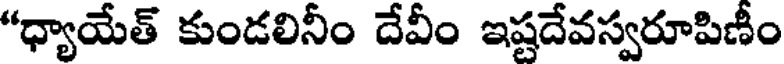
"ధ్యాయేత్ కుండలినీం దేవీం ఇష్టదేవస్వరూపిణీం